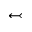
\leftarrowtail